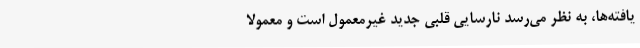
یافته‌ها، به نظر می‌رسد نارسایی قلبی جدید غیرمعمول است و معمولاً